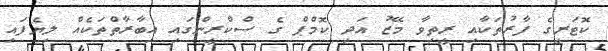
ކޮޓަރީގެ ފާރުތަކާއި ރީތިވާ މޭޒު އަދި ކޮމްޕް ގެ ސްކްރީންގައި އިބާރާތްތަކެއް ލިޔެފައި